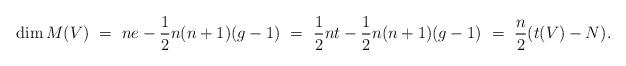
LaTeX: \begin{align*}\dim M(V) \ = \ ne-\frac{1}{2} n(n+1)(g-1) \ = \ \frac{1}{2} nt - \frac{1}{2}n(n+1)(g-1) \ = \ \frac{n}{2}(t(V) - N).\end{align*}